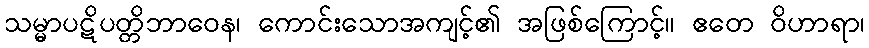
သမ္မာပဋိပတ္တိဘာဝေန၊ ကောင်းသောအကျင့်၏ အဖြစ်ကြောင့်။ ဧတေ ဝိဟာရာ၊